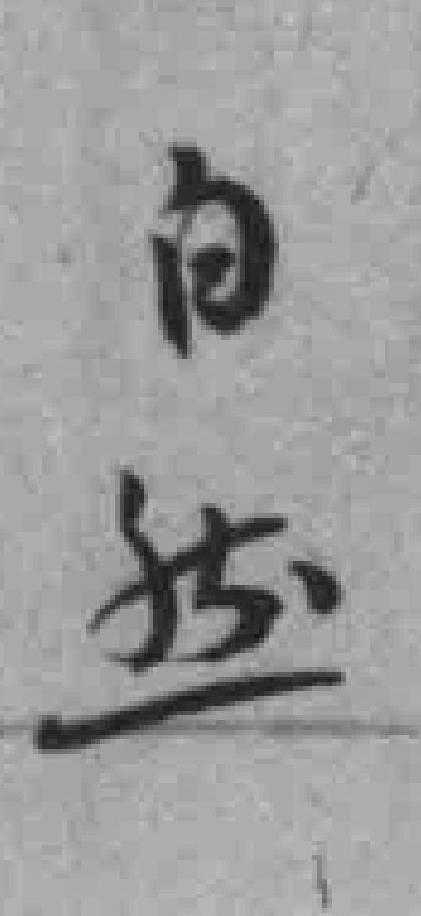
自然